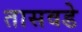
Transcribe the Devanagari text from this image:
तासवडे